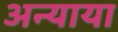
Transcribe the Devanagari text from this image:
अन्याया